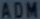
ADM